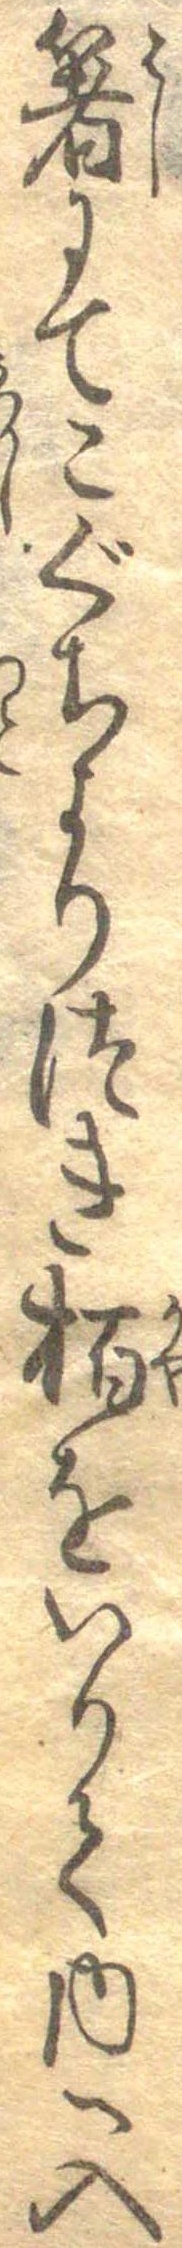
箸にてこぐちよりつき柏をいりて内へ入